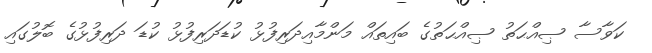
ކަވާސާ ޞިއްޙަތު ޞިއްޙަތުގެ ބައިތައް މަންމާއިދަރިފުޅު ކުޑަދަރިފުޅު ކުޑަ ދަރިފުޅުގެ ބޮލުގައި